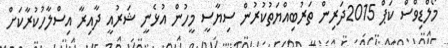
މޯލްޑިވްސް ކަޕް 2015ދަރިން ތަރުބިއްޔަތުކުރުން ސިޔާސީ މީހުން އުޅެނީ ޝަރުއީ ދާއިރާ އިސްލާހުކުރާކަށް